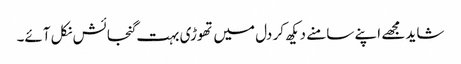
شاید مجھے اپنے سامنے دیکھ کر دل میں تھوڑی بہت گنجائش نکل آئے۔